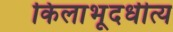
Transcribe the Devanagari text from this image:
किलाभूदधीत्य